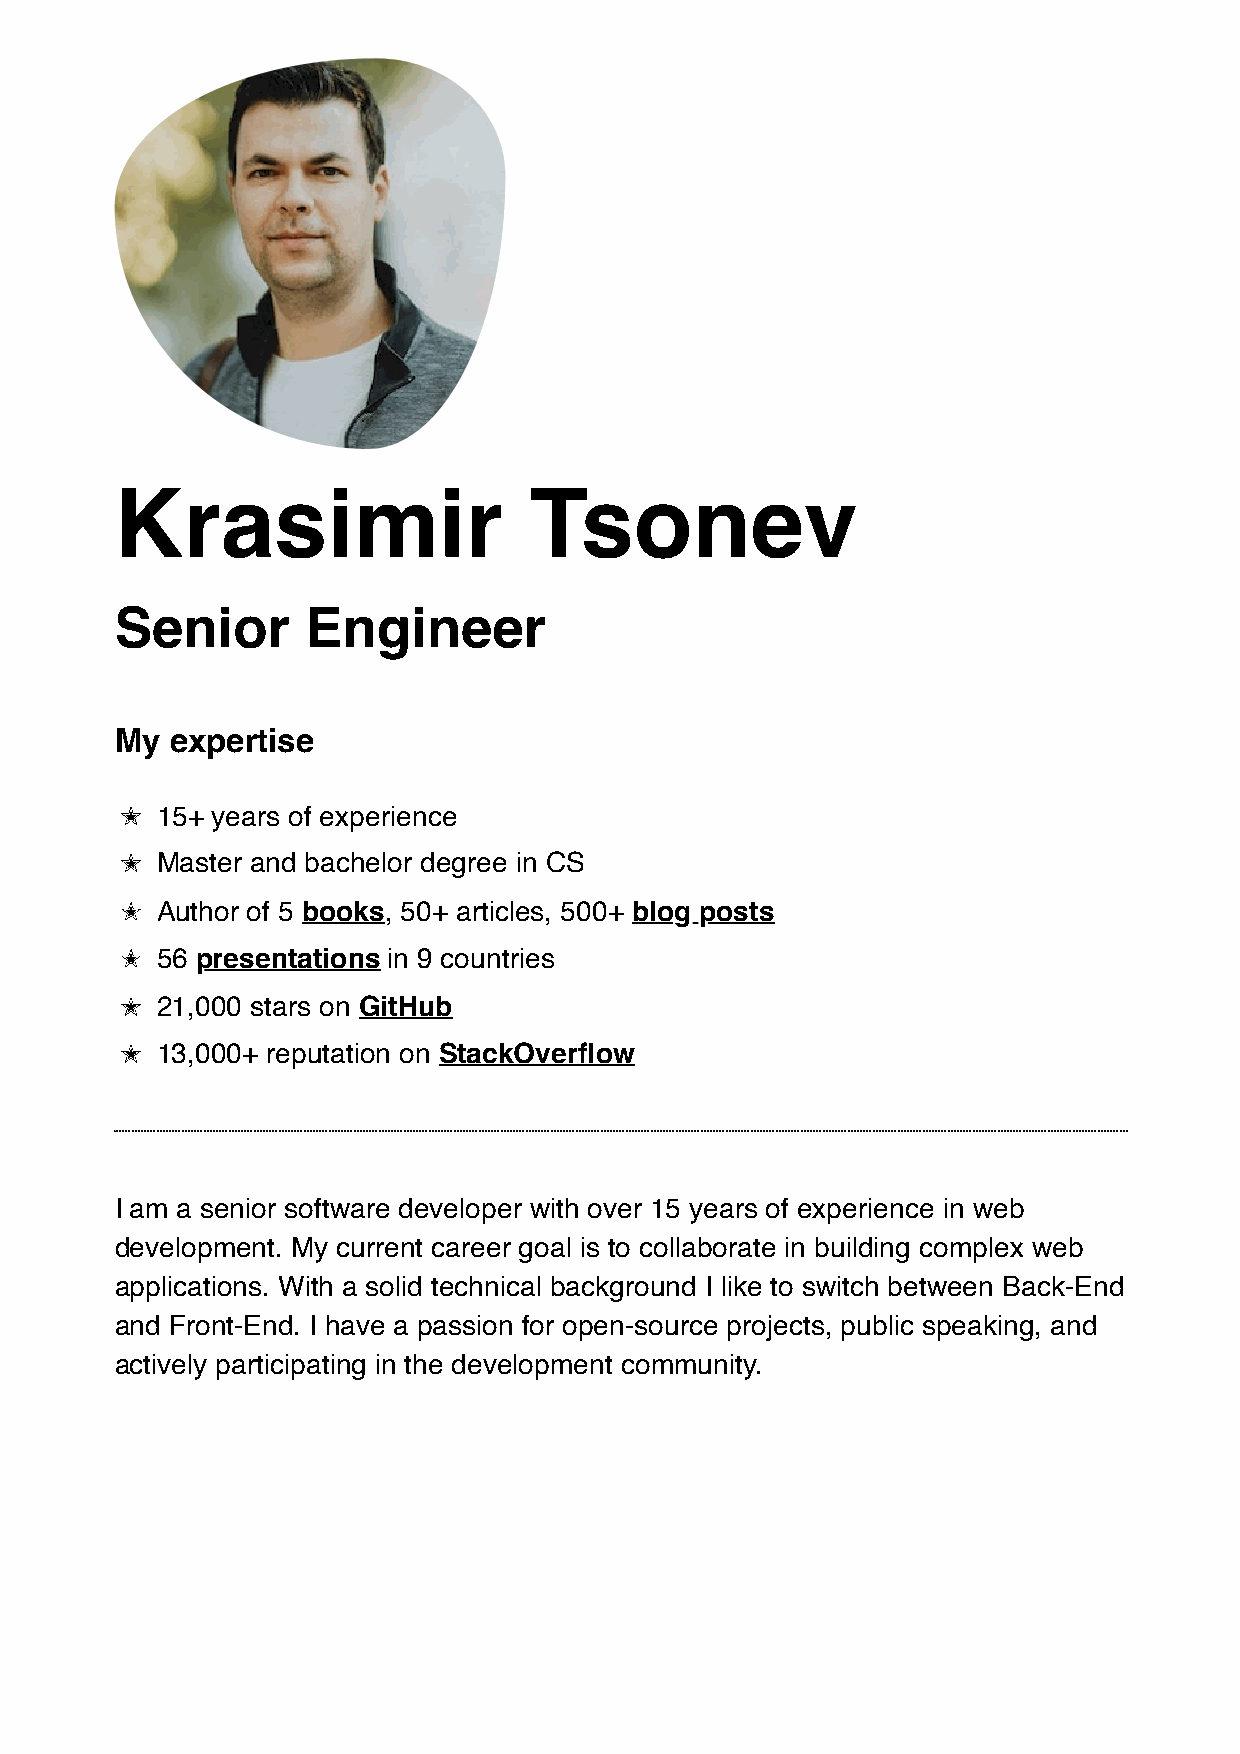
Krasimir                   Tsonev
 Senior      Engineer
 My expertise
 ✭
 15+ years of experience
 ✭
 Master and bachelor degree in CS
 ✭
 Author of 5 books, 50+ articles, 500+ blog posts
 ✭
 56 presentations in 9 countries
 ✭
 21,000 stars on GitHub
 ✭
 13,000+ reputation on StackOverflow
 I am a senior software developer with over 15 years of experience in web
 development. My current career goal is to collaborate in building complex web
 applications. With a solid technical background I like to switch between Back-End
 and Front-End. I have a passion for open-source projects, public speaking, and
 actively participating in the development community.